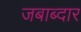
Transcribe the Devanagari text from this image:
जबाब्दार